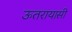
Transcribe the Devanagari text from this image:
ऊतरायासी